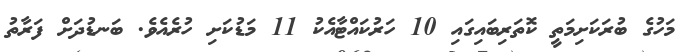
މަހުގެ ބުރަކަށިމަތީ ކޮތަރިބައިގައި 10 ހަރުކައްޓާއެކު 11 މަޑުކަށި ހުރެއެވެ. ބަނޑުދަށް ފަރާތު